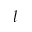
l